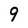
Character: 9